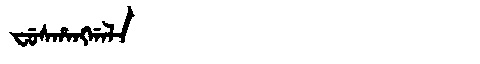
Manchu: ᠸᡠᠰᡥᠠᠩᡤᠠᠯᠠ
Romanization: FUSHANGGALA